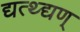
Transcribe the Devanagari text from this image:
द्यत्थ्द्यण्